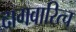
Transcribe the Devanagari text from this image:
दागवारित्च